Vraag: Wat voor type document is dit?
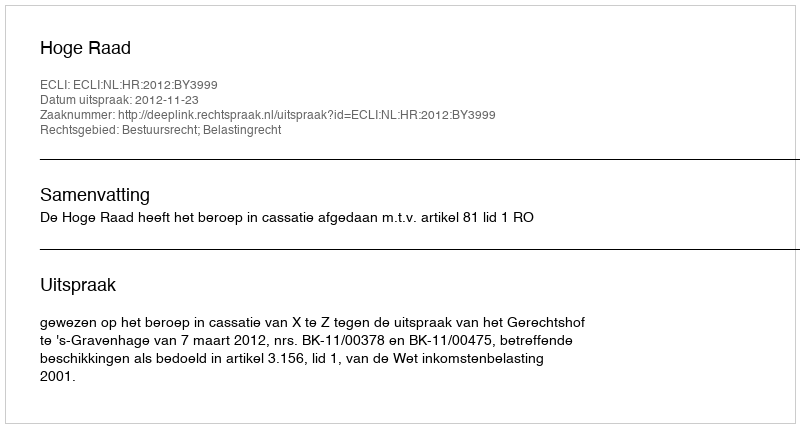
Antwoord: Uitspraak